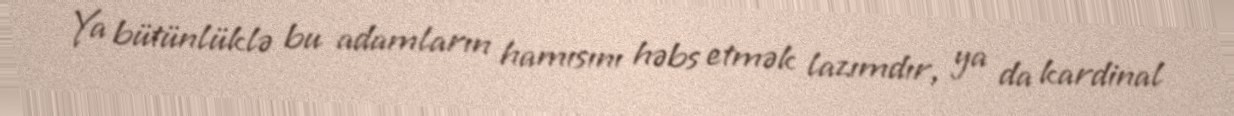
Ya bütünlüklə bu adamların hamısını həbs etmək lazımdır, ya da kardinal